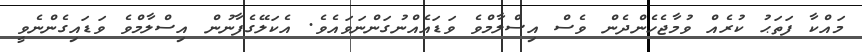
މައްކާ ފަތަޙު ކުރެއް ވުމާޖެހެންދެން ވެސް އިސްލާމްވެ ވަޑައެއްނުގަންނަވައެވެ. އެކަލޭގެފާނުން އިސްލާމްވެ ވަޑައިގެންނެވީ